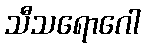
သီသရောဂေါ